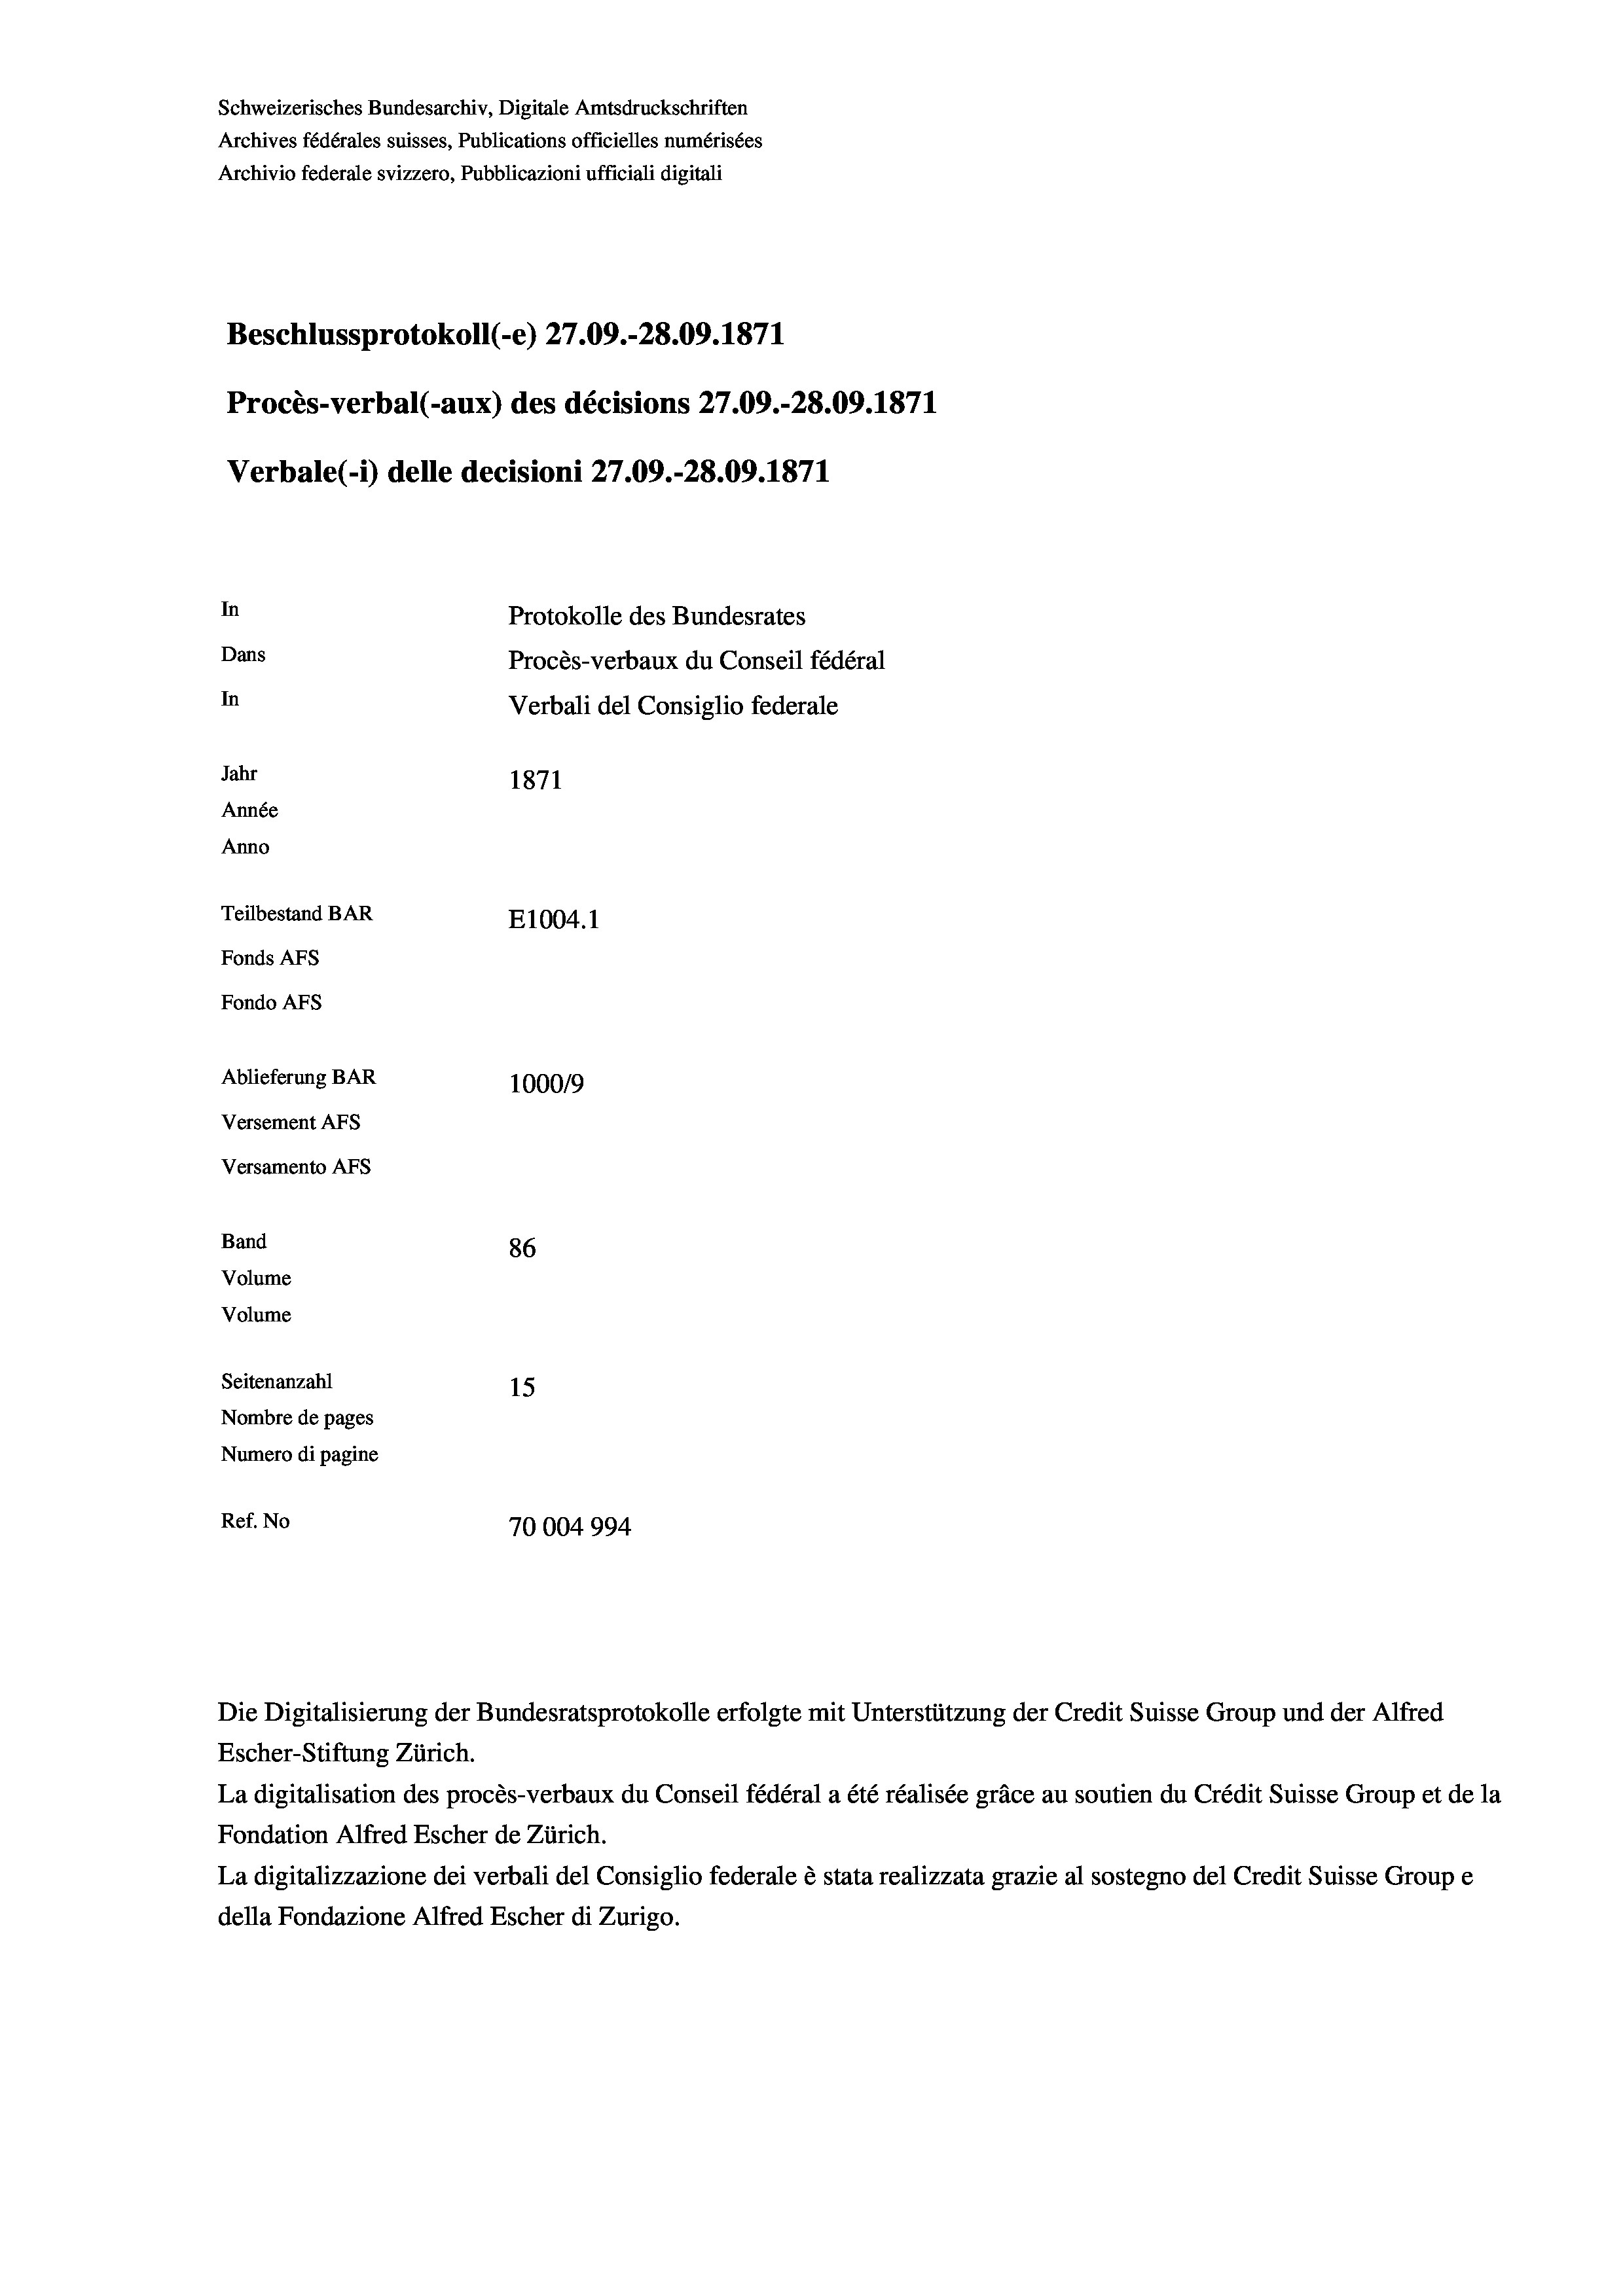
Schweizerisches Bundesarchiv, Digitale Amtsdruckschriften
Archives fédérales suisses, Publications officielles numérisées
Archivio federale svizzero, Pubblicazioni ufficiali digitali
Beschlussprotokoll (-e) 27.09.-28.09. 1871
Procès-verbal (-aux) des décisions 27.09.-28.09. 1871
Verbale (- 1) delle decisioni 27.09.-28.09. 1871
In
Protokolle des Bundesrates
Dans
Procès-verbaux du Conseil fédéral
In
Verbali del Consiglio federale
Jahr
1871
Année
Anno
Teilbestand BAR
E1004. 1
Fonds AFs
Fondo Afs
Ablieferung BAR
100019
Versement AFs
Versamento AFs
Band
86
Volume
Volume
Seitenanzahl
15
Nombre de pages
Numero di pagine
Ref. No
70004994

Die Digitalisierung der Bundesratsprotokolle erfolgte mit Unterstützung der Credit Suisse Group und der Alfred
Escher-Stiftung Zürich.
La digitalisation des procès-verbaux du Conseil fédéral a été réalisée gräce au soutien du Crédit Suisse Group et de la
Fondation Alfred Escher de Zürich.
La digitalizzazione dei verbali del Consiglio federale è stata realizzata grazie al sostegno del Credit Suisse Groupe
della Fondazione Alfred Escher di Zurigo.